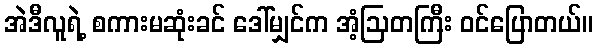
အဲဒီလူရဲ့ စကားမဆုံးခင် ဒေါ်မျှင်က အံ့ဩတကြီး ဝင်ပြောတယ်။